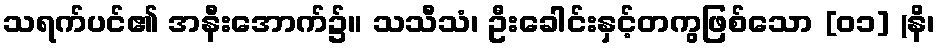
သရက်ပင်၏ အနီးအောက်၌။ သသီသံ၊ ဦးခေါင်းနှင့်တကွဖြစ်သော [၀၁] (နိ၊